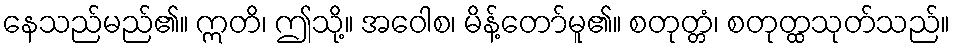
နေသည်မည်၏။ ဣတိ၊ ဤသို့။ အဝေါစ၊ မိန့်တော်မူ၏။ စတုတ္တံ၊ စတုတ္ထသုတ်သည်။